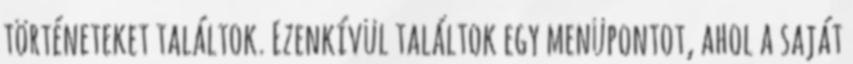
történeteket találtok. Ezenkívül találtok egy menüpontot, ahol a saját